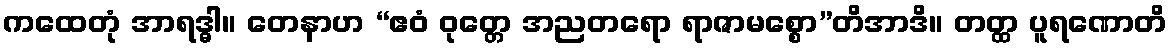
ကထေတုံ အာရဒ္ဓါ။ တေနာဟ “ဧဝံ ဝုတ္တေ အညတရော ရာဇာမစ္စော”တိအာဒိ။ တတ္ထ ပူရဏောတိ